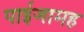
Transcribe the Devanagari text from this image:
पाईजामह